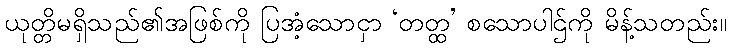
ယုတ္တိမရှိသည်၏အဖြစ်ကို ပြအံ့သောငှာ ‘တတ္ထ’ စသောပါဌ်ကို မိန့်သတည်း။